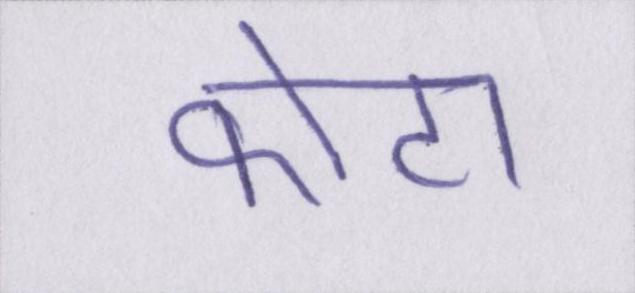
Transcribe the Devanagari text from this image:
कोटा